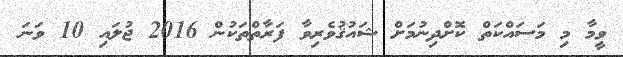
ވީމާ މި މަސައްކަތް ކޮށްދިނުމަށް ޝައުޤުވެރިވާ ފަރާތްތަކުން 2016 ޖުލައި 10 ވަނަ